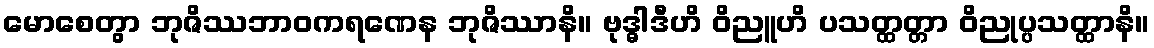
မောစေတွာ ဘုဇိဿဘာဝကရဏေန ဘုဇိဿာနိ။ ဗုဒ္ဓါဒီဟိ ဝိညူဟိ ပသတ္ထတ္တာ ဝိညုပ္ပသတ္ထာနိ။